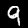
Label: 9